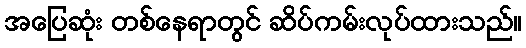
အပြေဆုံး တစ်နေရာတွင် ဆိပ်ကမ်းလုပ်ထားသည်။